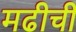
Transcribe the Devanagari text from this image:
मढीची